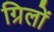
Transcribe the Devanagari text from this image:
ग्रिलों